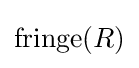
\operatorname {fringe} (R)